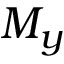
M _ { y }